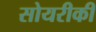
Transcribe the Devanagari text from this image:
सोयरीकी